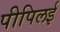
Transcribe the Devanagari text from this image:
पीपिलई